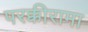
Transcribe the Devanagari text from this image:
परक्कीरामा